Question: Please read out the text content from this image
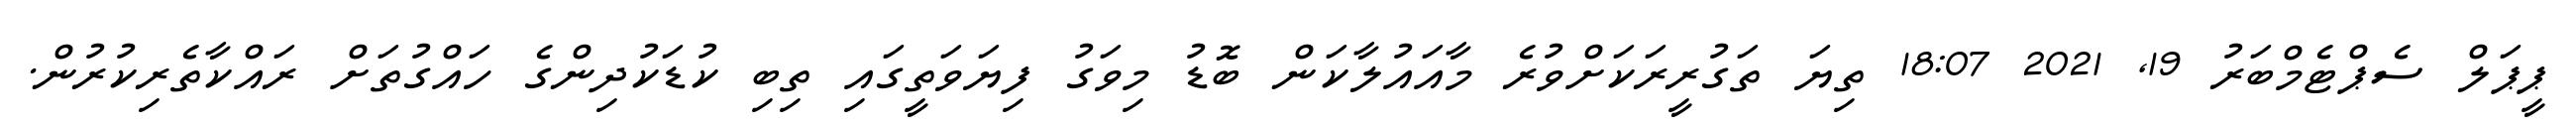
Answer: ޕީޕަލް ސެޕްޓެމްބަރު 19, 2021 18:07 ތިޔަ ތަގުރީރަކަށްވުރެ މާއައުލާކަން ބޮޑު މިވަގު ފިޔަވަތީގައި ތިބި ކުޑަކުދިންގެ ހައްގުތަށް ރައްކާތެރިކުރުން.